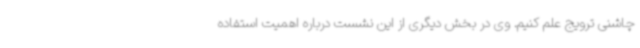
چاشنی ترویج علم کنیم. وی در بخش دیگری از این نشست درباره اهمیت استفاده